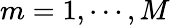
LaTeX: m=1,\cdots,M